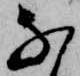
な